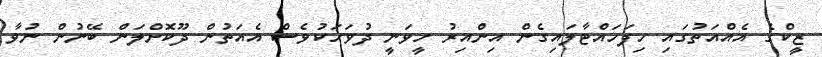
ޒީކްގެ އެއްއަތުގައި ހިފަހައްޓާލައިގެން އިންއިރު ހީވަނީ ދުވަހަކުވެސް އެއަތުން ދޫކޮށްލަން ބޭނުން ނުވާ